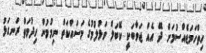
ހިތްހަމަޖެއްސުމަށް ދޭ އެއް ޖަވާބަކީ ކޭބަލް ވަޅުލުމުގެ މަސައްކަތް ނިމުމުން ހިދުމަތް ރަނގަޅު